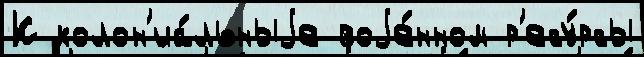
К колон'иа́льныjе воjе́нном р'есу́рсы